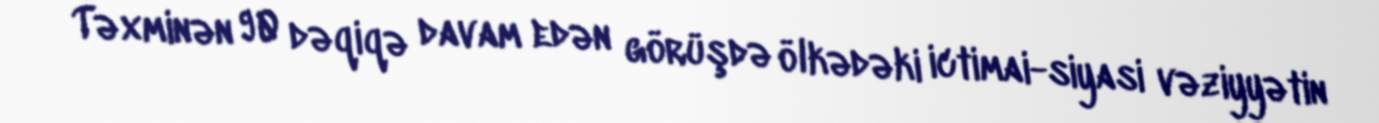
Təxminən 90 dəqiqə davam edən görüşdə ölkədəki ictimai-siyasi vəziyyətin